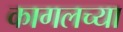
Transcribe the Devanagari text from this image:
कागलच्या